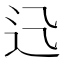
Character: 𨑐